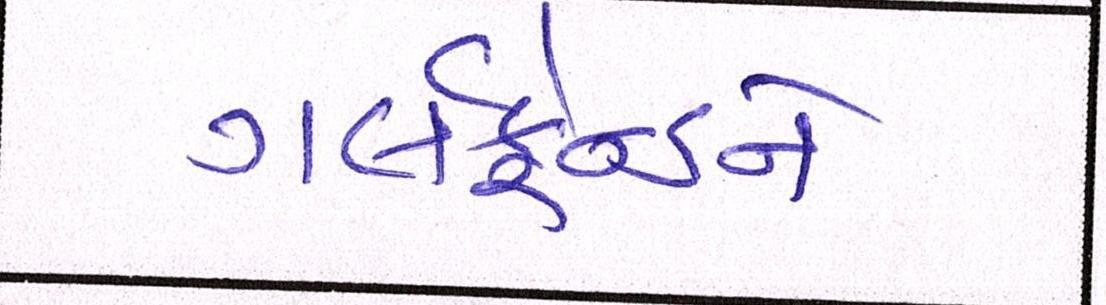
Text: ગર્લફ્રેન્ડને